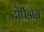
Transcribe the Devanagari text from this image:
टोर्पेडोस